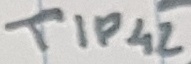
Text: TIP42